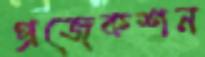
প্রজেকশন